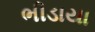
ભીડાયા